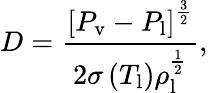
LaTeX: D=\frac{\left[P_{\mathrm{v}}-P_{\mathrm{l}}\right]^{\frac{3}{2}}}{2\sigma\left(T_{\mathrm{l}}\right)\rho_{\mathrm{l}}^{\frac{1}{2}}},